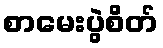
စာမေးပွဲစိတ်